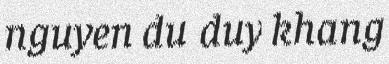
nguyen du duy khang